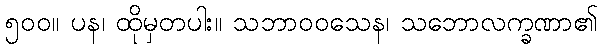
၅၀၀။ ပန၊ ထိုမှတပါး။ သဘာဝဝသေန၊ သဘောလက္ခဏာ၏